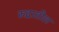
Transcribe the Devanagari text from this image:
रुद्रातील